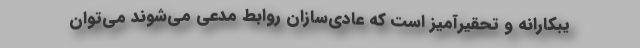
یبکارانه و تحقیرآمیز است که عادی‌سازان روابط مدعی می‌شوند می‌توان